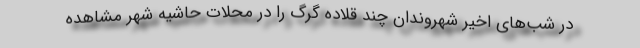
در شب‌های اخیر شهروندان چند قلاده گرگ را در محلات حاشیه شهر مشاهده